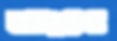
মাংসে